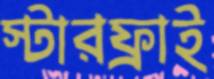
স্টারফ্রাই